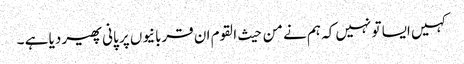
کہیں ایسا تو نہیں کہ ہم نے من حیث القوم ان قربانیوں پر پانی پھیر دیا ہے ۔